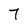
Character: 7